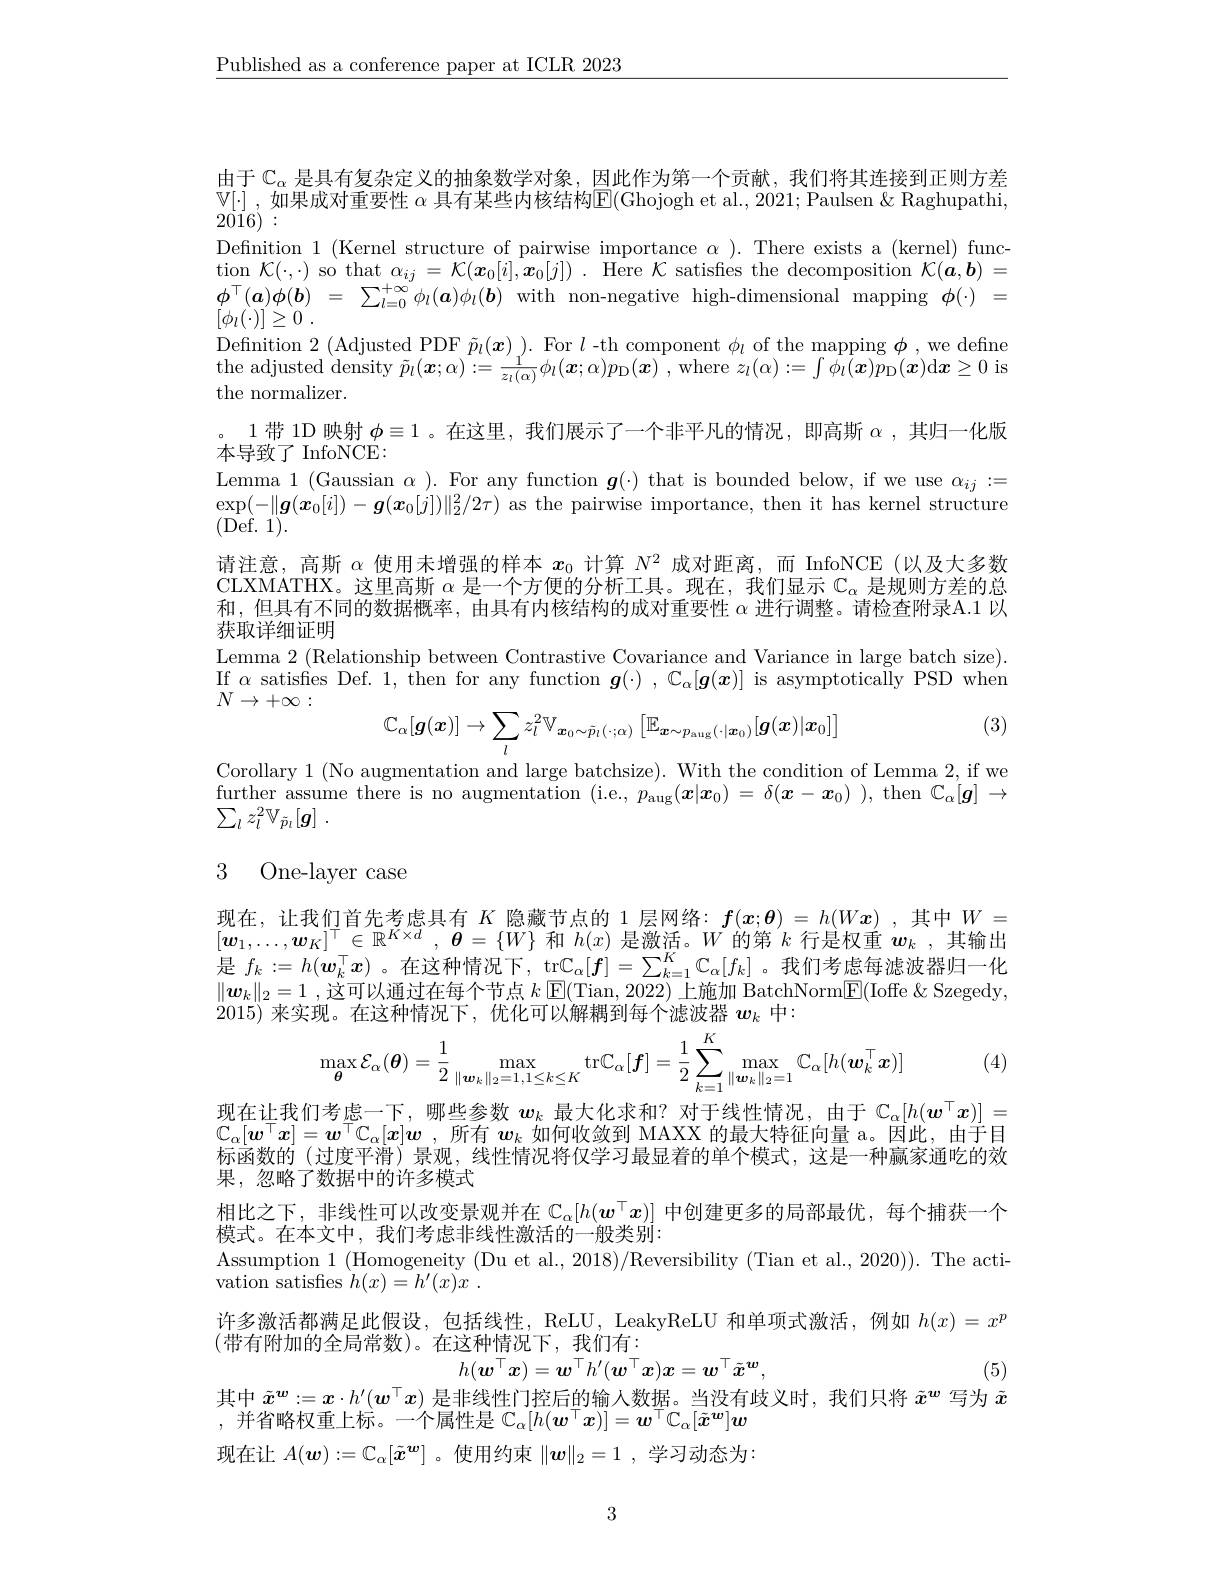
$\underline{\text{Published as a conference paper at ICLR 2023}}$

由于$\mathbb{C}_\alpha$是具有复杂定义的抽象数学对象，因此作为第一个贡献，我们将其连接到正则方差$\mathbb{V}[\cdot]$,如果成对重要性 $\alpha$ 具有某些内核结构$\mathbb{E}($Ghojogh et al., 2021; Paulsen $\&$ Raghupathi, $2\dot{01}6):$
Definition 1 (Kernel structure of pairwise importance $\alpha$ ). There exists a (kernel) function $\mathcal{K}(\cdot,\cdot)$ so that $\alpha_ij=\mathcal{K}(\boldsymbol{x}_0[i],\boldsymbol{x}_0[j])$ . Here $\mathcal{K}$ satisfies the decomposition $\mathcal{K}(\boldsymbol{a}^{\prime},\boldsymbol{b})=$ $\begin{array}{rcl}\phi^{\top}(\boldsymbol{a})\phi(\boldsymbol{b})&=&\sum_{l=0}^{+\infty}\phi_{l}(\boldsymbol{a})\phi_{l}(\boldsymbol{b})&\mathrm{with~non-negative~high-dimensional~mapping~}\phi(\cdot)&=\\[\phi_{l}(\boldsymbol{u})]\geq0&&=&\text{wingenenenenenenel}\end{array}$ $[ \phi _{l}( \cdot ) ] \geq 0$ .
Definition 2 (Adjusted PDF $\tilde{p}_l(\boldsymbol x)).$ For $l$ -th component $\phi_l$ of the mapping $\phi$, we define ${\mathrm{the~adjusted~density~}}\tilde{p} _{l}( \boldsymbol{x}; \alpha ) : = \frac 1{z_{l}( \alpha ) }\phi _{l}( \boldsymbol{x}; \alpha ) p_{\mathrm{D} }( \boldsymbol{x})$ $, {\mathrm{where~}}z_{l}( \alpha ) : = \int \phi _{l}( \boldsymbol{x}) p_{\mathrm{D} }( \boldsymbol{x})$d$\boldsymbol x\geq0$is the normalizer.
。1带 1D 映射$\phi\equiv1$ 。在这里，我们展示了一个非平凡的情况，即高斯$\alpha$ ,其归一化版
本导致了 InfoNCE:
Lemma 1(Gaussian $\alpha).$ For any function $\boldsymbol g(\cdot)$ that is bounded below, if we use $\alpha_{ij}:=$ $\exp(-\|\boldsymbol{g}(\boldsymbol{x}_0[i])-\boldsymbol{g}(\boldsymbol{x}_0[j])\|_2^2/2\tau)$ as the pairwise importance, then it has kernel structure (Def.1).
请注意，高斯$\alpha$使用未增强的样本$x_0$计算$N^2$成对距离，而 InfoNCE (以及大多数CLXMATHX。这里高斯$\alpha$是一个方便的分析工具。现在，我们显示$\mathbb{C}_\alpha$是规则方差的总和，但具有不同的数据概率，由具有内核结构的成对重要性$\alpha$进行调整。请检查附录A.1 以获取详细证明
Lemma 2 (Relationship between Contrastive Covariance and Variance in large batch size). $\operatorname*{If}_{N}\alpha$ satisfes Def. 1, then for any function $g(\cdot),\mathbb{C}_{\alpha}[g(x)]$ is asymptotically PSD when $N\to+\infty:$
(3)
$$\mathbb{C}_{\alpha}[\boldsymbol{g}(\boldsymbol{x})]\to\sum_{l}z_{l}^{2}\mathbb{V}_{\boldsymbol{x}_{0}\sim\tilde{p}_{l}(\cdot;\alpha)}\left[\mathbb{E}_{\boldsymbol{x}\sim p_{\mathrm{aug}}(\cdot|\boldsymbol{x}_{0})}[\boldsymbol{g}(\boldsymbol{x})|\boldsymbol{x}_{0}]\right]$$
Corollary 1 (No augmentation and large batchsize). With the condition of Lemma 2, if we $\begin{array}{cc}{\text{further assume there is no augmentation (i.e., }p_{\mathrm{aug}}^{\prime}(\boldsymbol{x}|\boldsymbol{x}_0)=\delta(\boldsymbol{x}-\boldsymbol{x}_0)),\mathrm{~then~}\mathbb{C}_\alpha[\boldsymbol{g}]\to}\end{array}$ $\sum _{l}z_{l}^{2}\mathbb{V} _{\tilde{p} _{l}}[ g]$ .

# 3 One-layer case

现在，让我们首先考虑具有$K$隐藏节点的 1 层网络：$f(x;\boldsymbol{\theta})=h(W\boldsymbol{x})$ ,其中$W=$ $[\boldsymbol{w}_1,\ldots,\boldsymbol{w}_K]^\top\in\mathbb{R}^{K\times d},\boldsymbol{\theta}=\{W\}$和$h(x)$是激活。$W$的第$k$行是权重$\boldsymbol w_k$ ,其输出是$f_k:=h(\boldsymbol{w}_k^\top\boldsymbol{x})$ 。在这种情况下，tr$\mathbb{C}_\alpha[\boldsymbol{f}]=\sum_{k=1}^K\mathbb{C}_\alpha[f_k]$ 。我们考虑每滤波器归一化$\|\boldsymbol{w}_k\|_2=1$ ,这可以通过在每个节点$k\operatorname{E}(\operatorname{Tian},2022)$上施加 BatchNorm$\operatorname{E}(\operatorname{Ioffe}\&\operatorname{Szegedy}$, 2015)来实现。在这种情况下，优化可以解耦到每个滤波器$\boldsymbol w_k$中：
$$\max_{\boldsymbol{\theta}}\mathcal{E}_{\alpha}(\boldsymbol{\theta})=\frac{1}{2}\max_{\|\boldsymbol{w}_{k}\|_{2}=1,1\leq k\leq K}\mathrm{tr}\mathbb{C}_{\alpha}[\boldsymbol{f}]=\frac{1}{2}\sum_{k=1}^{K}\max_{\|\boldsymbol{w}_{k}\|_{2}=1}\mathbb{C}_{\alpha}[h(\boldsymbol{w}_{k}^{\top}\boldsymbol{x})]$$
(4

现在让我们考虑一下，哪些参数$w_k$最大化求和？对于线性情况，由于$\mathbb{C}_\alpha[h(\boldsymbol{w}^\top\boldsymbol{x})]=$ $\mathbb{C}_\alpha[w^\top x]=w^\top\mathbb{C}_\alpha[x]\boldsymbol{w}$ ,所有$\boldsymbol w_k$如何收敛到 MAXX 的最大特征向量 a。因此，由于目标函数的 (过度平滑) 景观，线性情况将仅学习最显着的单个模式，这是一种赢家通吃的效果，忽略了数据中的许多模式
相比之下，非线性可以改变景观并在$\mathbb{C}_\alpha[h(w^\top x)]$中创建更多的局部最优，每个捕获一个
模式。在本文中，我们考虑非线性激活的一般类别：
Assumption 1 (Homogeneity (Du et al., 2018)/Reversibility (Tian et al., 2020)). The acti-
vation satisfes $h(x)=h^{\prime}(x)x~.$
许多激活都满足此假设，包括线性，ReLU , LeakyReLU 和单项式激活，例如$h(x)=x^p$
(带有附加的全局常数)。在这种情况下，我们有：
$$h(\boldsymbol{w}^\top\boldsymbol{x})=\boldsymbol{w}^\top h^{\prime}(\boldsymbol{w}^\top\boldsymbol{x})\boldsymbol{x}=\boldsymbol{w}^\top\tilde{\boldsymbol{x}}^{\boldsymbol{w}},$$
(5)
其中$\tilde{x}^{\boldsymbol{w}}:=\boldsymbol{x}\cdot h^{\prime}(\boldsymbol{w}^\top\boldsymbol{x})$是非线性门控后的输人数据。当没有歧义时，我们只将$\tilde{x}^{\boldsymbol{w}}$写为$\tilde{x}$
,并省略权重上标。一个属性是$\mathbb{C}_\alpha[h(\boldsymbol{w}^\top\boldsymbol{x})]=\boldsymbol{w}^\top\mathbb{C}_\alpha[\tilde{\boldsymbol{x}}^{\boldsymbol{w}}]\boldsymbol{w}$ 现在让$A(\boldsymbol{w}):=\mathbb{C}_\alpha[\tilde{x}^{\boldsymbol{w}}]$ 。使用约束$\|\boldsymbol{w}\|_2=1$ ,学习动态为

3